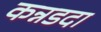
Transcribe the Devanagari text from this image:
कन्नडदा